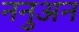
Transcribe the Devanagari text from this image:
ननुअन